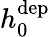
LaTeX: h_{0}^{\mathrm{dep}}